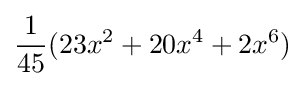
{\frac {1}{45}}(23x^{2}+20x^{4}+2x^{6})